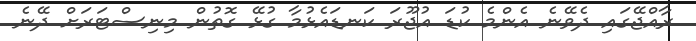
ރާއްޖޭގައި ދެވޭނެ އެންމެ ކުޑަ އުޖޫރަ ކަނޑައެޅުމާ ގުޅޭ ގޮތުން މިނިސްޓަރަށް ދޭނެ